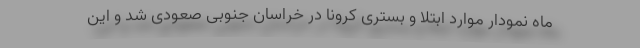
ماه نمودار موارد ابتلا و بستری کرونا در خراسان جنوبی صعودی شد و این